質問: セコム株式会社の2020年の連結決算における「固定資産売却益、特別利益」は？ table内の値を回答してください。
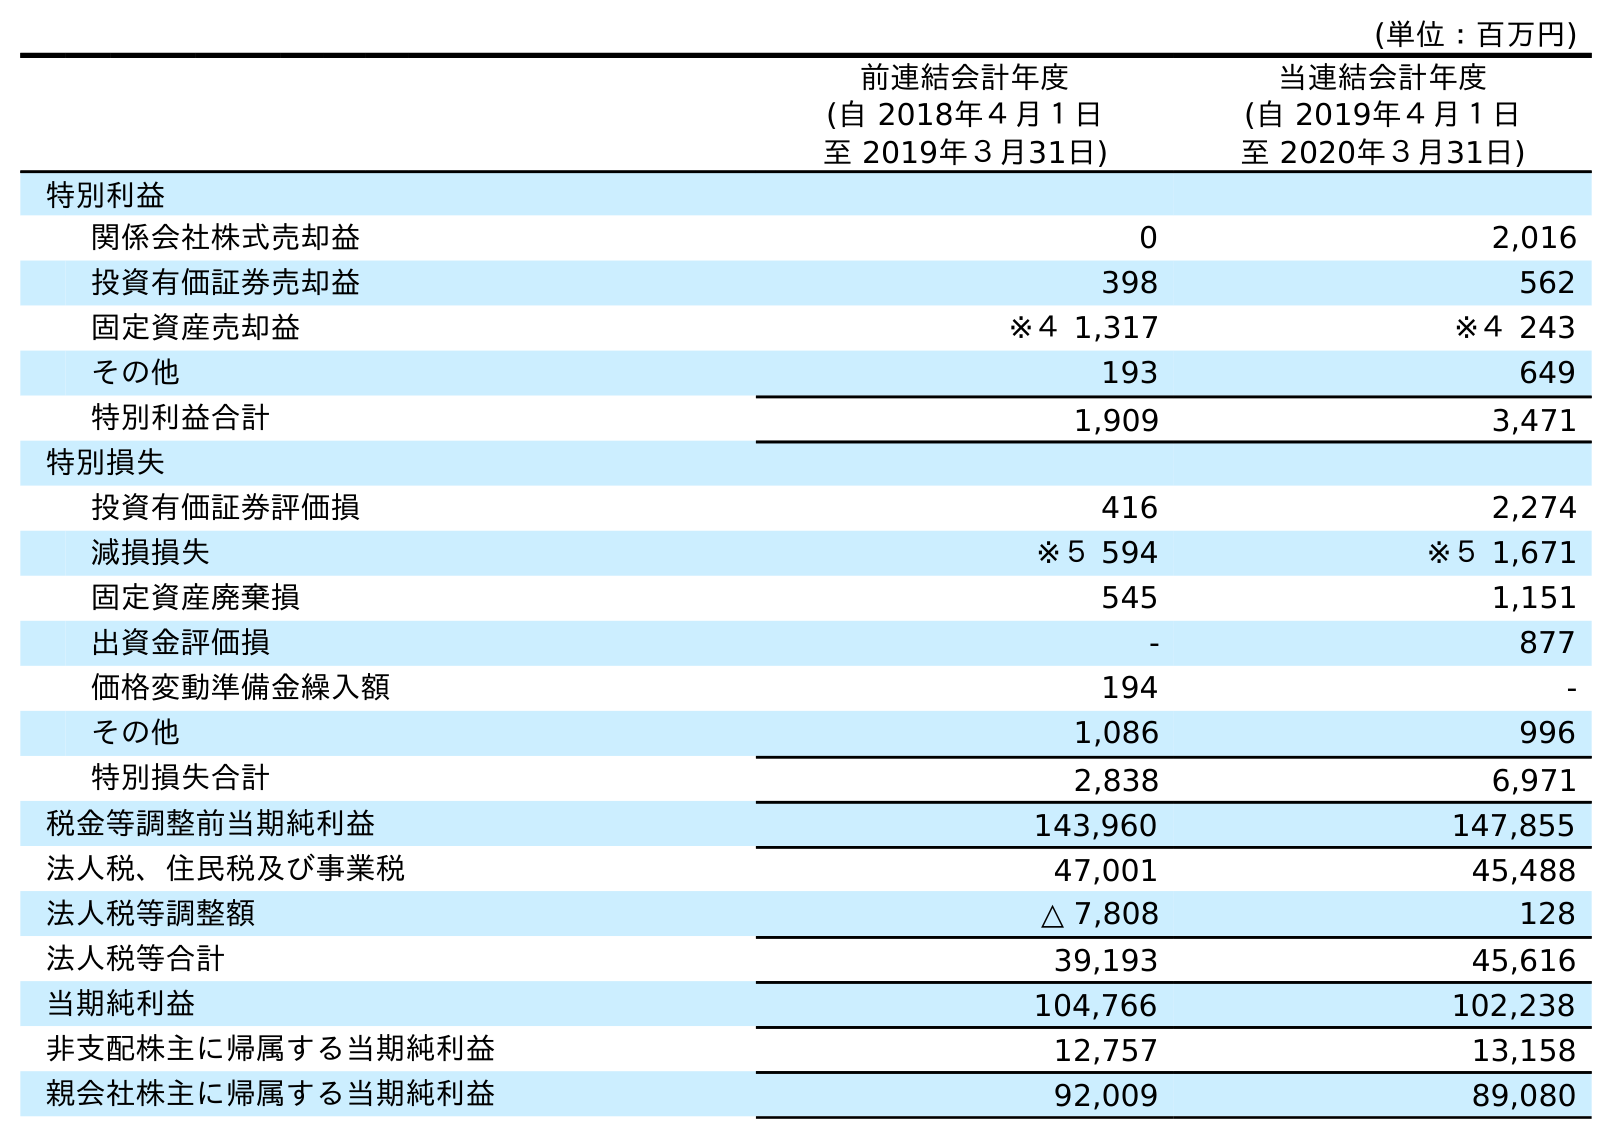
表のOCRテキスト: (単位：百万円) 前連結会計年度 (自 2018年４月１日 至 2019年３月31日) 当連結会計年度 (自 2019年４月１日 至 2020年３月31日) 特別利益 関係会社株式売却益 0 2,016 投資有価証券売却益 398 562 固定資産売却益 ※４ 1,317 ※４ 243 その他 193 649 特別利益合計 1,909 3,471 特別損失 投資有価証券評価損 416 2,274 減損損失 ※５ 594 ※５ 1,671 固定資産廃棄損 545 1,151 出資金評価損 - 877 価格変動準備金繰入額 194 - その他 1,086 996 特別損失合計 2,838 6,971 税金等調整前当期純利益 143,960 147,855 法人税、住民税及び事業税 47,001 45,488 法人税等調整額 △ 7,808 128 法人税等合計 39,193 45,616 当期純利益 104,766 102,238 非支配株主に帰属する当期純利益 12,757 13,158 親会社株主に帰属する当期純利益 92,009 89,080
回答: ※４243